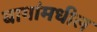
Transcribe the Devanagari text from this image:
बागांमधील